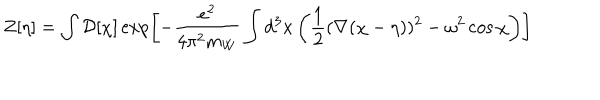
Z [ \eta ] = \int { \cal D } [ \chi ] \exp \left[ - { \frac { e ^ { 2 } } { 4 \pi ^ { 2 } m _ { W } } } \int d ^ { 3 } x \left( { \frac { 1 } { 2 } } ( \nabla ( \chi - \eta ) ) ^ { 2 } - \omega ^ { 2 } \cos \chi \right) \right]